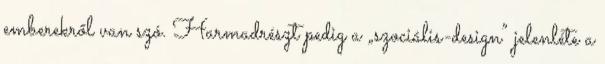
emberekről van szó. Harmadrészt pedig a „szociális-design” jelenléte a